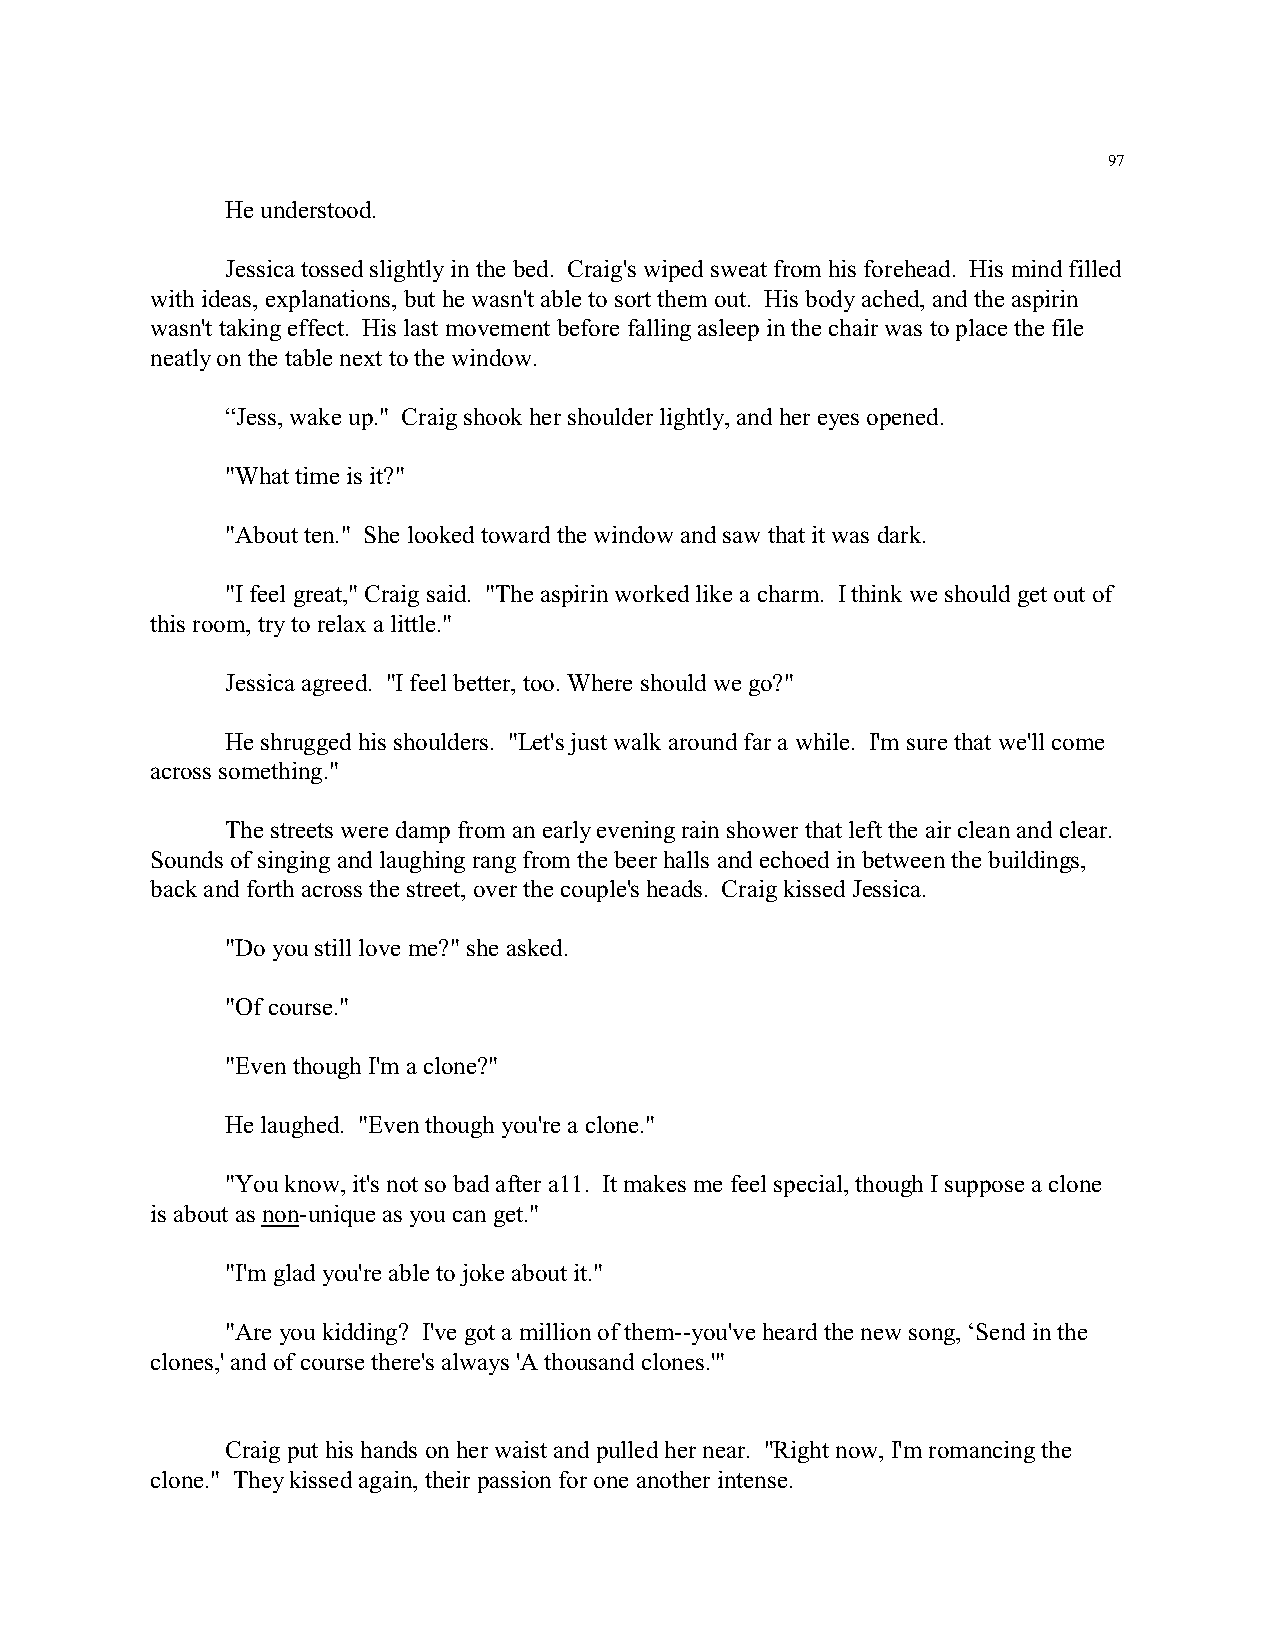
97
 He understood.
 Jessica tossed slightly in the bed. Craig's wiped sweat from his forehead. His mind filled
 with ideas, explanations, but he wasn't able to sort them out. His body ached, and the aspirin
 wasn't taking effect. His last movement before falling asleep in the chair was to place the file
 neatly on the table next to the window.
 “Jess, wake up." Craig shook her shoulder lightly, and her eyes opened.
 "What time is it?"
 "About ten." She looked toward the window and saw that it was dark.
 "I feel great," Craig said. "The aspirin worked like a charm. I think we should get out of
 this room, try to relax a little."
 Jessica agreed. "I feel better, too. Where should we go?"
 He shrugged his shoulders. "Let's just walk around far a while. I'm sure that we'll come
 across something."
 The streets were damp from an early evening rain shower that left the air clean and clear.
 Sounds of singing and laughing rang from the beer halls and echoed in between the buildings,
 back and forth across the street, over the couple's heads. Craig kissed Jessica.
 "Do you still love me?" she asked.
 "Of course."
 "Even though I'm a clone?"
 He laughed. "Even though you're a clone."
 "You know, it's not so bad after a11. It makes me feel special, though I suppose a clone
 is about as non-unique as you can get."
 "I'm glad you're able to joke about it."
 "Are you kidding? I've got a million of them--you've heard the new song, ‘Send in the
 clones,' and of course there's always 'A thousand clones.'"
 Craig put his hands on her waist and pulled her near. "Right now, I'm romancing the
 clone." They kissed again, their passion for one another intense.